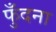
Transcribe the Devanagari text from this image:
फुँदना